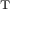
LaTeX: { } ^ { \mathrm { T } }